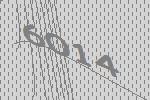
6014